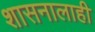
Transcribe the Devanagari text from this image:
शासनालाही